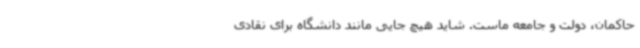
حاکمان، دولت و جامعه ماست. شاید هیچ جایی مانند دانشگاه برای نقادی